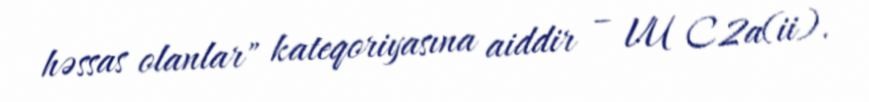
həssas olanlar" kateqoriyasına aiddir – VU C2a(ii).